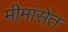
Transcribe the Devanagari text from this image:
मीमांसेत